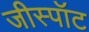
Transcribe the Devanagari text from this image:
जीस्पॉट